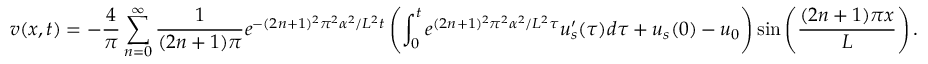
v ( x , t ) = - \frac { 4 } { \pi } \sum _ { n = 0 } ^ { \infty } \frac { 1 } { ( 2 n + 1 ) \pi } e ^ { - ( 2 n + 1 ) ^ { 2 } \pi ^ { 2 } \alpha ^ { 2 } / L ^ { 2 } t } \left( \int _ { 0 } ^ { t } e ^ { ( 2 n + 1 ) ^ { 2 } \pi ^ { 2 } \alpha ^ { 2 } / L ^ { 2 } \tau } u _ { s } ^ { \prime } ( \tau ) d \tau + u _ { s } ( 0 ) - u _ { 0 } \right) \sin \left( \frac { ( 2 n + 1 ) \pi x } { L } \right) .